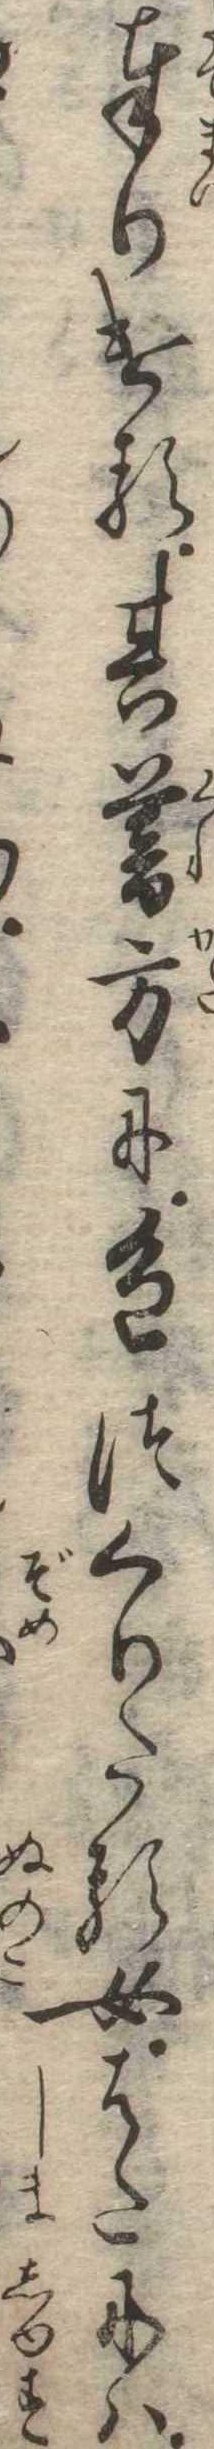
奉りける其暮方に色つくりたる女はたには